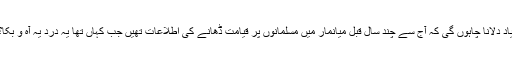
یاد دلانا چاہوں گی کہ آج سے چند سال قبل میانمار میں مسلمانوں پر قیامت ڈھانے کی اطلاعات تھیں جب کہاں تھا یہ درد یہ آہ و بکا؟